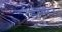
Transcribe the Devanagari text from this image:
डोंगरेन